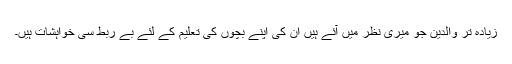
زیادہ تر والدین جو میری نظر میں آئے ہیں ان کی اپنے بچوں کی تعلیم کے لئے بے ربط سی خواہشات ہیں۔